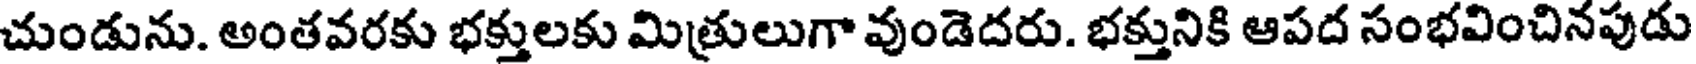
చుండును. అంతవరకు భక్తులకు మిత్రులుగా వుండెదరు. భక్తునికి ఆపద సంభవించినపుడు